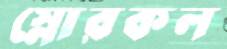
স্নোরকল